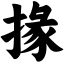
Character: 掾